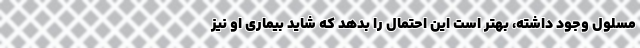
مسلول وجود داشته، بهتر است این احتمال را بدهد که شاید بیماری او نیز